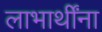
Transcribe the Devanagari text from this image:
लाभार्थींना